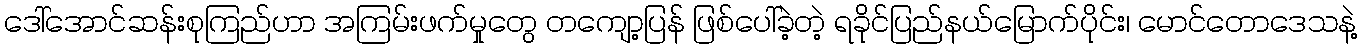
ဒေါ်အောင်ဆန်းစုကြည်ဟာ အကြမ်းဖက်မှုတွေ တကျော့ပြန် ဖြစ်ပေါ်ခဲ့တဲ့ ရခိုင်ပြည်နယ်မြောက်ပိုင်း၊ မောင်တောဒေသနဲ့